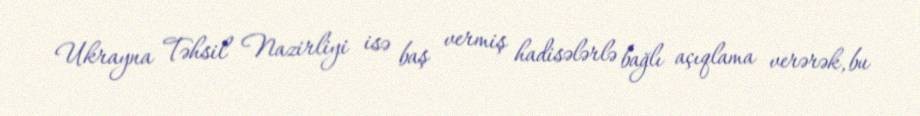
Ukrayna Təhsil Nazirliyi isə baş vermiş hadisələrlə bağlı açıqlama verərək, bu